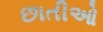
છાતીઓ